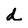
Character: d